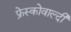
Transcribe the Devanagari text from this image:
फ्रेस्कोवाल्दी